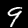
Label: 9